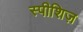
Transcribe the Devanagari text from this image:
स्पीशिज़